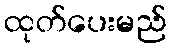
ထုတ်ပေးမည်